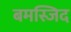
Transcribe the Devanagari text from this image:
बमस्जिद